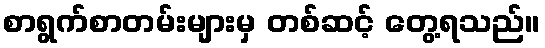
စာရွက်စာတမ်းများမှ တစ်ဆင့် တွေ့ရသည်။